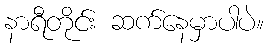
နာရီတိုင်း ဆက်နေမှာပါပဲ။